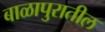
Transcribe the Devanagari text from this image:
बाळापुरातील